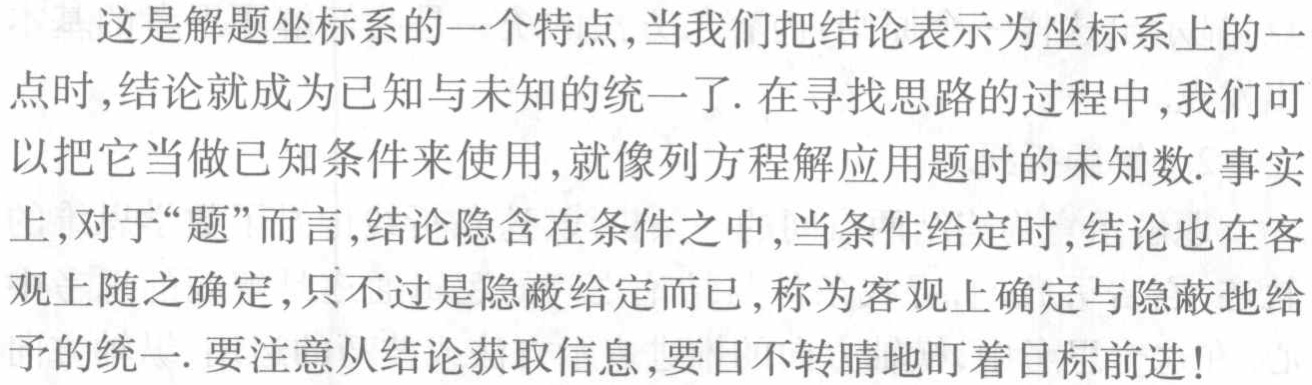
这是解题坐标系的一个特点,当我们把结论表示为坐标系上的一点时,结论就成为已知与未知的统一了. 在寻找思路的过程中,我们可以把它当做已知条件来使用,就像列方程解应用题时的未知数. 事实上,对于“题”而言,结论隐含在条件之中,当条件给定时,结论也在客观上随之确定,只不过是隐蔽给定而已,称为客观上确定与隐蔽地给予的统一. 要注意从结论获取信息,要目不转睛地盯着目标前进!